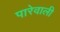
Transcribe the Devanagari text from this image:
पारेवाली